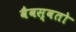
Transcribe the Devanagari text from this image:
वैवस्वतो